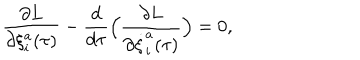
\frac { \partial L } { \partial \xi _ { i } ^ { a } ( \tau ) } - \frac { d } { d \tau } \Big ( \frac { \partial L } { \partial \dot { \xi } _ { i } ^ { a } ( \tau ) } \Big ) = 0 ,